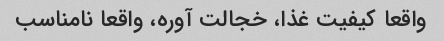
واقعا کیفیت غذا، خجالت آوره، واقعا نامناسب